Insane asylums in Bengal annual reports 1867-1875 - 1867-1875
Year: 1867
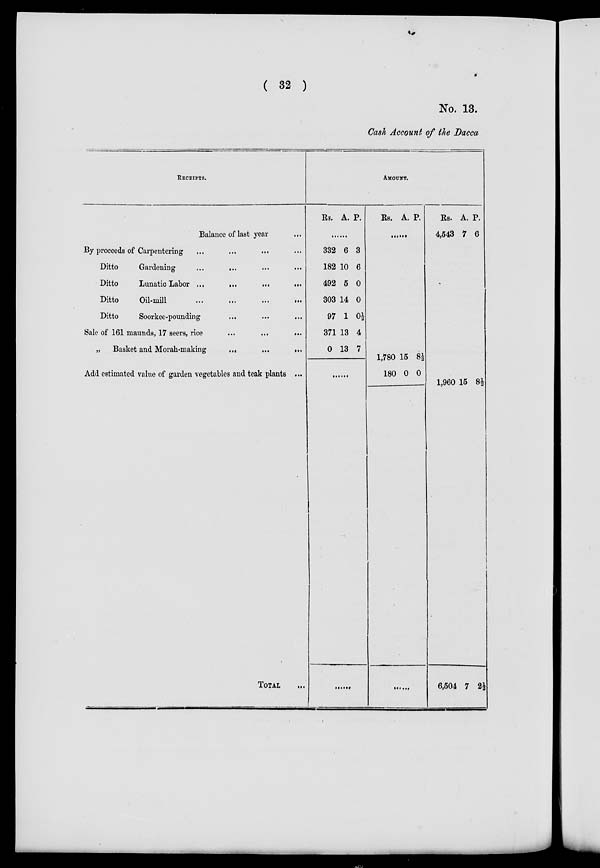
( 32 )
No. 13.
Cash Account of the Dacca
RECEIPTS.
Balance of last year ...
By proceeds of Carpentering ... ... ... ...
Ditto
Gardening
...
...
Ditto
Lunatic Labor ...
...
...
...
Ditto
Oil-mill ... ... ... ...
Ditto
Soorkee-pounding
... ... ...
Sale of 161 maunds, 17 seers, rice
...
...
...
„
Basket and Morah-making
...
...
...
Add estimated value of garden vegetables and teak plants ...
TOTAL ...
AMOUNT.
RS. A. P.
......
332
182
492
303
97
371
0
6
10
5
14
1
13
13
3
6
0
0
0½
4
7
.....
......
Rs. A. P.
......
1,780
180
15
0
8½
0
......
Rs.
4,543
A.
7
P.
6
1,960
6,504
15
7
8½
2½